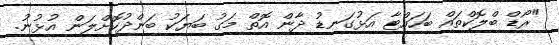
"ރޯޑް ބްލޮކްތައް ބަހައްޓާ އަޅުގަނޑު ދާން އޮތް މަގު ބަޔަކު ބަންދުކޮށްލަން އުޅުނު.